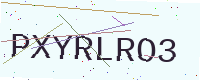
Text: PXYRLRO3